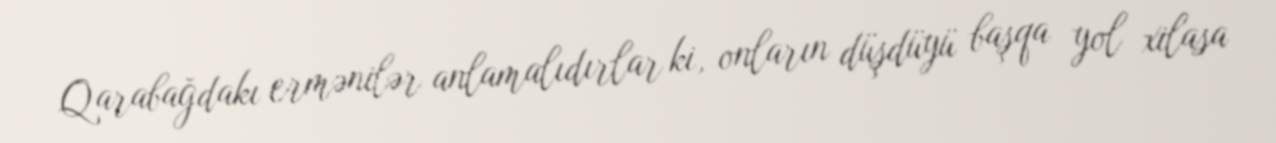
Qarabağdakı ermənilər anlamalıdırlar ki, onların düşdüyü başqa yol xilasa